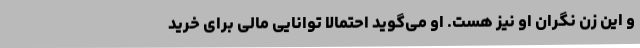
و این زن نگران او نیز هست. او می‌گوید احتمالا توانایی مالی برای خرید